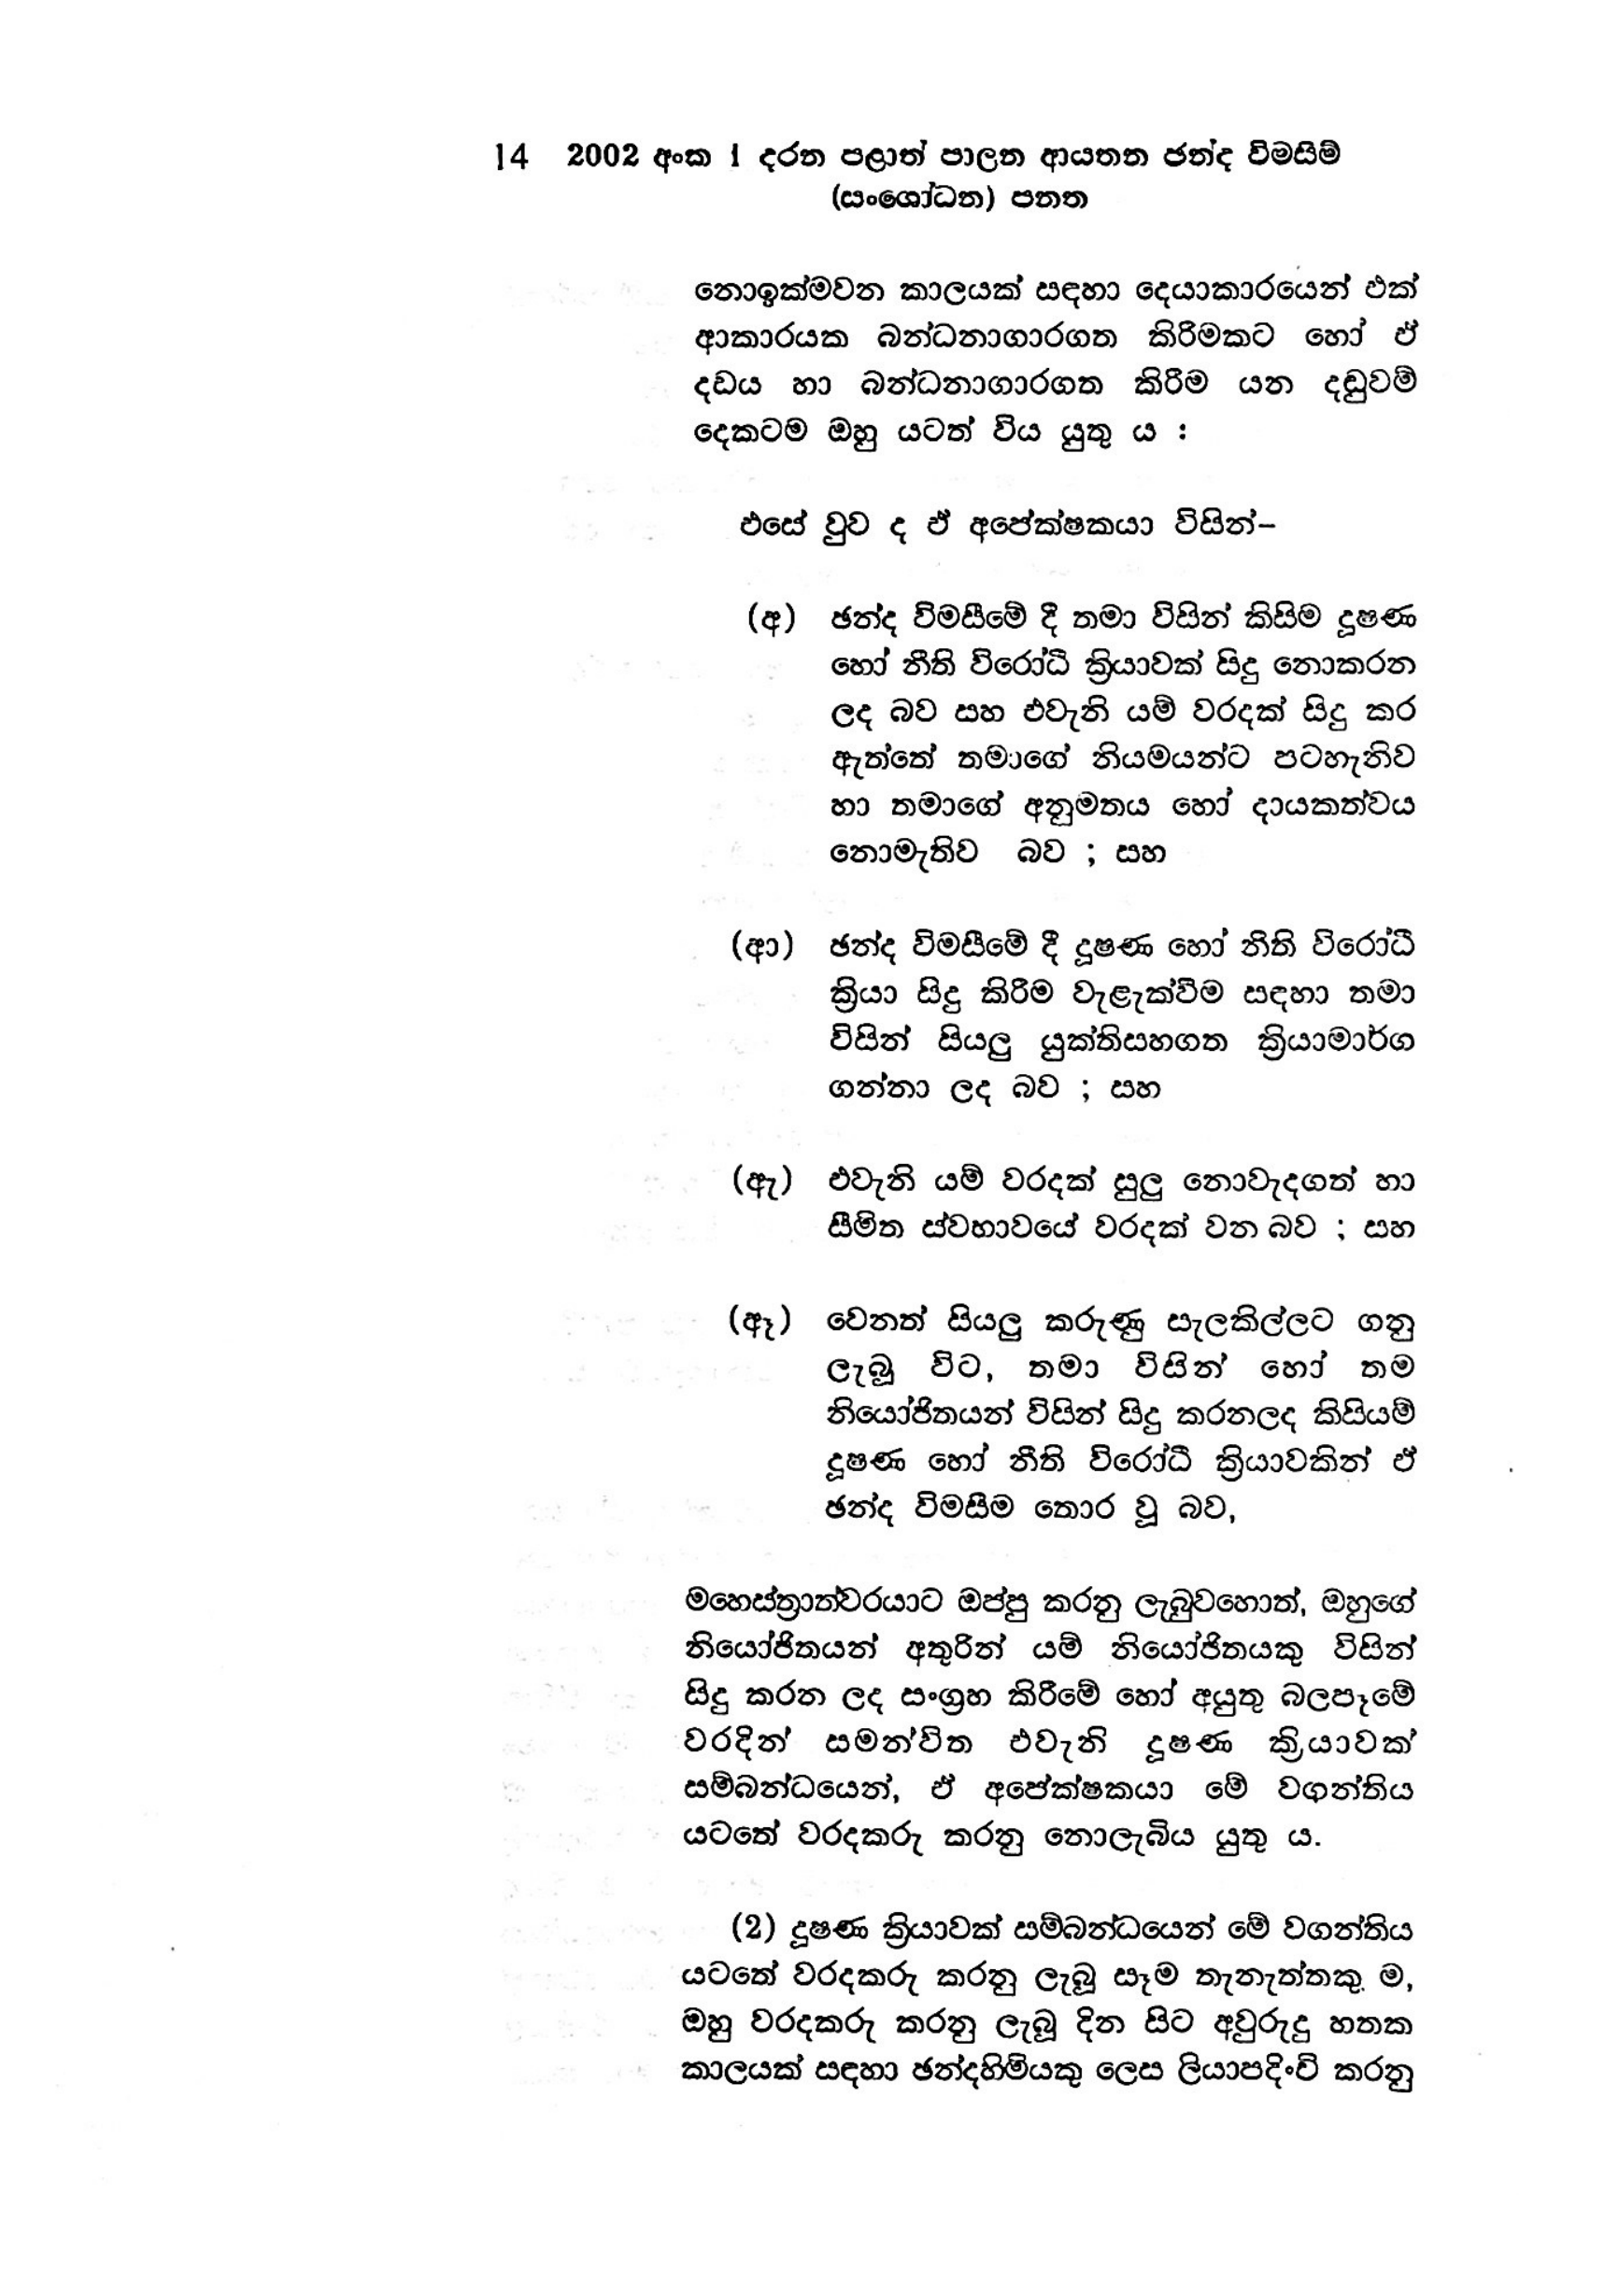
14 2002 අංක 1 දරන පළාත් පාලන ආයතන ඡන්ද විමසීම්
(සංශෝධන) පනත

නොඉක්මවන කාලයක් සඳහා දෙයාකාරයෙන් එක්
ආකාරයක බන්ධනාගාරගත කිරිමකට හෝ ඒ
දඩය හා බන්ධනාගාරගත කිරීම යන දඬුවම්
දෙකටම ඔහු යටත් විය යුතු ය :

එසේ වුව ද ඵ් අපේක්ෂකයා විසින්-

(අ) ඡන්ද විමසීමේ දී තමා විසින් කිසිම දූෂණ
හෝ නීති විරෝධී ක්‍රියාවක් සිදු නොකරන
ලද බව සහ එවැනි යම් වරදක් සිදු කර
ඇත්තේ තමාගේ නියමයන්ට පටහැනිව
හා තමාගේ අනුමතය හෝ දායකත්වය
නොමැතිව බව ; සහ

(ආ) ඡන්ද විමසීමේ දී දූෂණ හෝ නීති විරෝධී
ක්‍රියා සිදු කිරීම වැළැක්වීම සඳහා තමා
විසින් සියලු යුක්ති සහගත ක්‍රියාමාර්ග
ගන්නා ලද බව ; සහ

(ඇ) එවැනි යම් වරදක් සුලු නොවැදගත් හා
සීමිත ස්වභාවයේ වරදක් වන බව ; සහ

(ඈ) වෙනත් සියලු කරුණු සැලකිල්ලට ගනු
ලැබූ විට, තමා විසින් හෝ තම
නියෝජිතයන් විසින් සිදු කරන ලද කිසියම්
දූෂණ හෝ නීති විරෝධී ක්‍රියාවකින් ඒ
ඡන්ද විමසීම තොර වූ බව,

මහෙස්ත්‍රාත්වරයාට ඔප්පු කරනු ලැබුවහොත්, ඔහුගේ
නියෝජිතයන් අතුරින් යම් නියෝජිතයෙකු විසින්
සිදු කරන ලද සංග්‍රහ කිරීමේ හෝ අයුතු බලපෑමේ
වරදින් සමන්විත එවැනි දූෂණ ක්‍රියාවක්
සම්බන්ධයෙන්, ඒ අපේක්ෂකයා මේ වගන්තිය
යටතේ වරදකරු කරනු නොලැබිය යුතු ය.

(2) දූෂණ ක්‍රියාවක් සම්බන්ධයෙන් මේ වගන්තිය
යටතේ වරදකරු කරනු ලැබූ සෑම තැනැත්තකු ම,
ඔහු වරදකරු කරනු ලැබූ දින සිට අවුරුදු හතක
කාලයක් සඳහා ඡන්දහිමියකු ලෙස ලියාපදිංචි කරනු